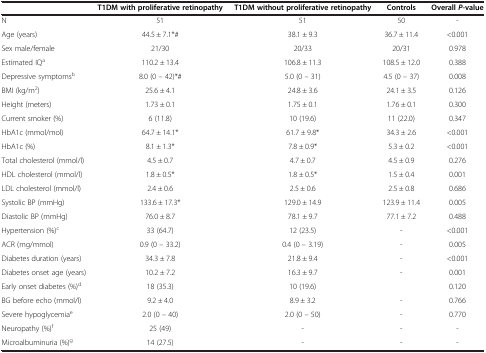
<table><thead><tr><td><b> </b></td><td><b>T1DM with proliferative retinopathy</b></td><td><b>T1DM without proliferative retinopathy</b></td><td><b>Controls</b></td><td><b>Overall <i>P</i>-value</b></td></tr></thead><tbody><tr><td>N</td><td>51</td><td>51</td><td>50</td><td>-</td></tr><tr><td>Age (years)</td><td>44.5 ± 7.1*#</td><td>38.1 ± 9.3</td><td>36.7 ± 11.4</td><td>&lt;0.001</td></tr><tr><td>Sex male/female</td><td>21/30</td><td>20/33</td><td>20/31</td><td>0.978</td></tr><tr><td>Estimated IQ<sup>a</sup></td><td>110.2 ± 13.4</td><td>106.8 ± 11.3</td><td>108.5 ± 12.0</td><td>0.388</td></tr><tr><td>Depressive symptoms<sup>b</sup></td><td>8.0 (0 – 42)*#</td><td>5.0 (0 – 31)</td><td>4.5 (0 – 37)</td><td>0.008</td></tr><tr><td>BMI (kg/m<sup>2</sup>)</td><td>25.6 ± 4.1</td><td>24.8 ± 3.6</td><td>24.1 ± 3.5</td><td>0.126</td></tr><tr><td>Height (meters)</td><td>1.73 ± 0.1</td><td>1.75 ± 0.1</td><td>1.76 ± 0.1</td><td>0.300</td></tr><tr><td>Current smoker (%)</td><td>6 (11.8)</td><td>10 (19.6)</td><td>11 (22.0)</td><td>0.347</td></tr><tr><td>HbA1c (mmol/mol)</td><td>64.7 ± 14.1*</td><td>61.7 ± 9.8*</td><td>34.3 ± 2.6</td><td>&lt;0.001</td></tr><tr><td>HbA1c (%)</td><td>8.1 ± 1.3*</td><td>7.8 ± 0.9*</td><td>5.3 ± 0.2</td><td>&lt;0.001</td></tr><tr><td>Total cholesterol (mmol/l)</td><td>4.5 ± 0.7</td><td>4.7 ± 0.7</td><td>4.5 ± 0.9</td><td>0.276</td></tr><tr><td>HDL cholesterol (mmol/l)</td><td>1.8 ± 0.5*</td><td>1.8 ± 0.5*</td><td>1.5 ± 0.4</td><td>0.001</td></tr><tr><td>LDL cholesterol (mmol/l)</td><td>2.4 ± 0.6</td><td>2.5 ± 0.6</td><td>2.5 ± 0.8</td><td>0.686</td></tr><tr><td>Systolic BP (mmHg)</td><td>133.6 ± 17.3*</td><td>129.0 ± 14.9</td><td>123.9 ± 11.4</td><td>0.005</td></tr><tr><td>Diastolic BP (mmHg)</td><td>76.0 ± 8.7</td><td>78.1 ± 9.7</td><td>77.1 ± 7.2</td><td>0.488</td></tr><tr><td>Hypertension (%)<sup>c</sup></td><td>33 (64.7)</td><td>12 (23.5)</td><td>-</td><td>&lt;0.001</td></tr><tr><td>ACR (mg/mmol)</td><td>0.9 (0 – 33.2)</td><td>0.4 (0 – 3.19)</td><td>-</td><td>0.005</td></tr><tr><td>Diabetes duration (years)</td><td>34.3 ± 7.8</td><td>21.8 ± 9.4</td><td>-</td><td>&lt;0.001</td></tr><tr><td>Diabetes onset age (years)</td><td>10.2 ± 7.2</td><td>16.3 ± 9.7</td><td>-</td><td>0.001</td></tr><tr><td>Early onset diabetes (%)<sup>d</sup></td><td>18 (35.3)</td><td>10 (19.6)</td><td> </td><td>0.120</td></tr><tr><td>BG before echo (mmol/l)</td><td>9.2 ± 4.0</td><td>8.9 ± 3.2</td><td>-</td><td>0.766</td></tr><tr><td>Severe hypoglycemia<sup>e</sup></td><td>2.0 (0 – 40)</td><td>2.0 (0 – 50)</td><td>-</td><td>0.770</td></tr><tr><td>Neuropathy (%)<sup>f</sup></td><td>25 (49)</td><td>-</td><td>-</td><td>-</td></tr><tr><td>Microalbuminuria (%)<sup>g</sup></td><td>14 (27.5)</td><td>-</td><td>-</td><td>-</td></tr></tbody></table>